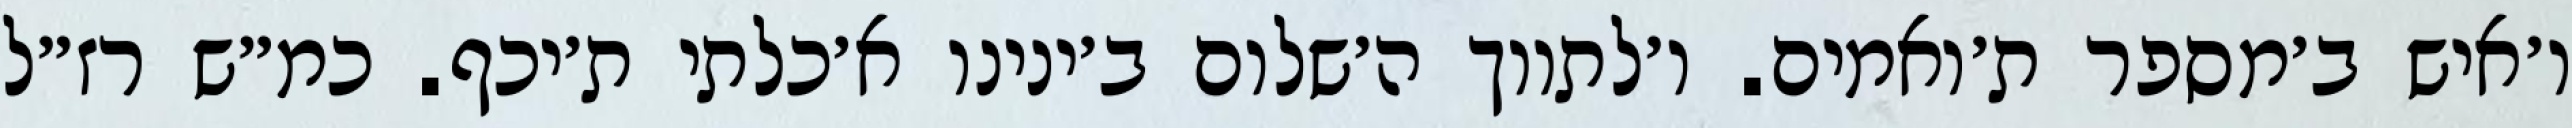
ו׳איש ב׳מספר ת׳ואמים. ו׳לתווך ה׳שלום ב׳ינינו א׳כלתי ת׳יכף. כמ״ש רז״ל